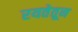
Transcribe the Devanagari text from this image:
रयतेतून